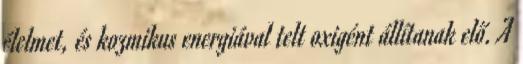
élelmet, és kozmikus energiával telt oxigént állítanak elő. A